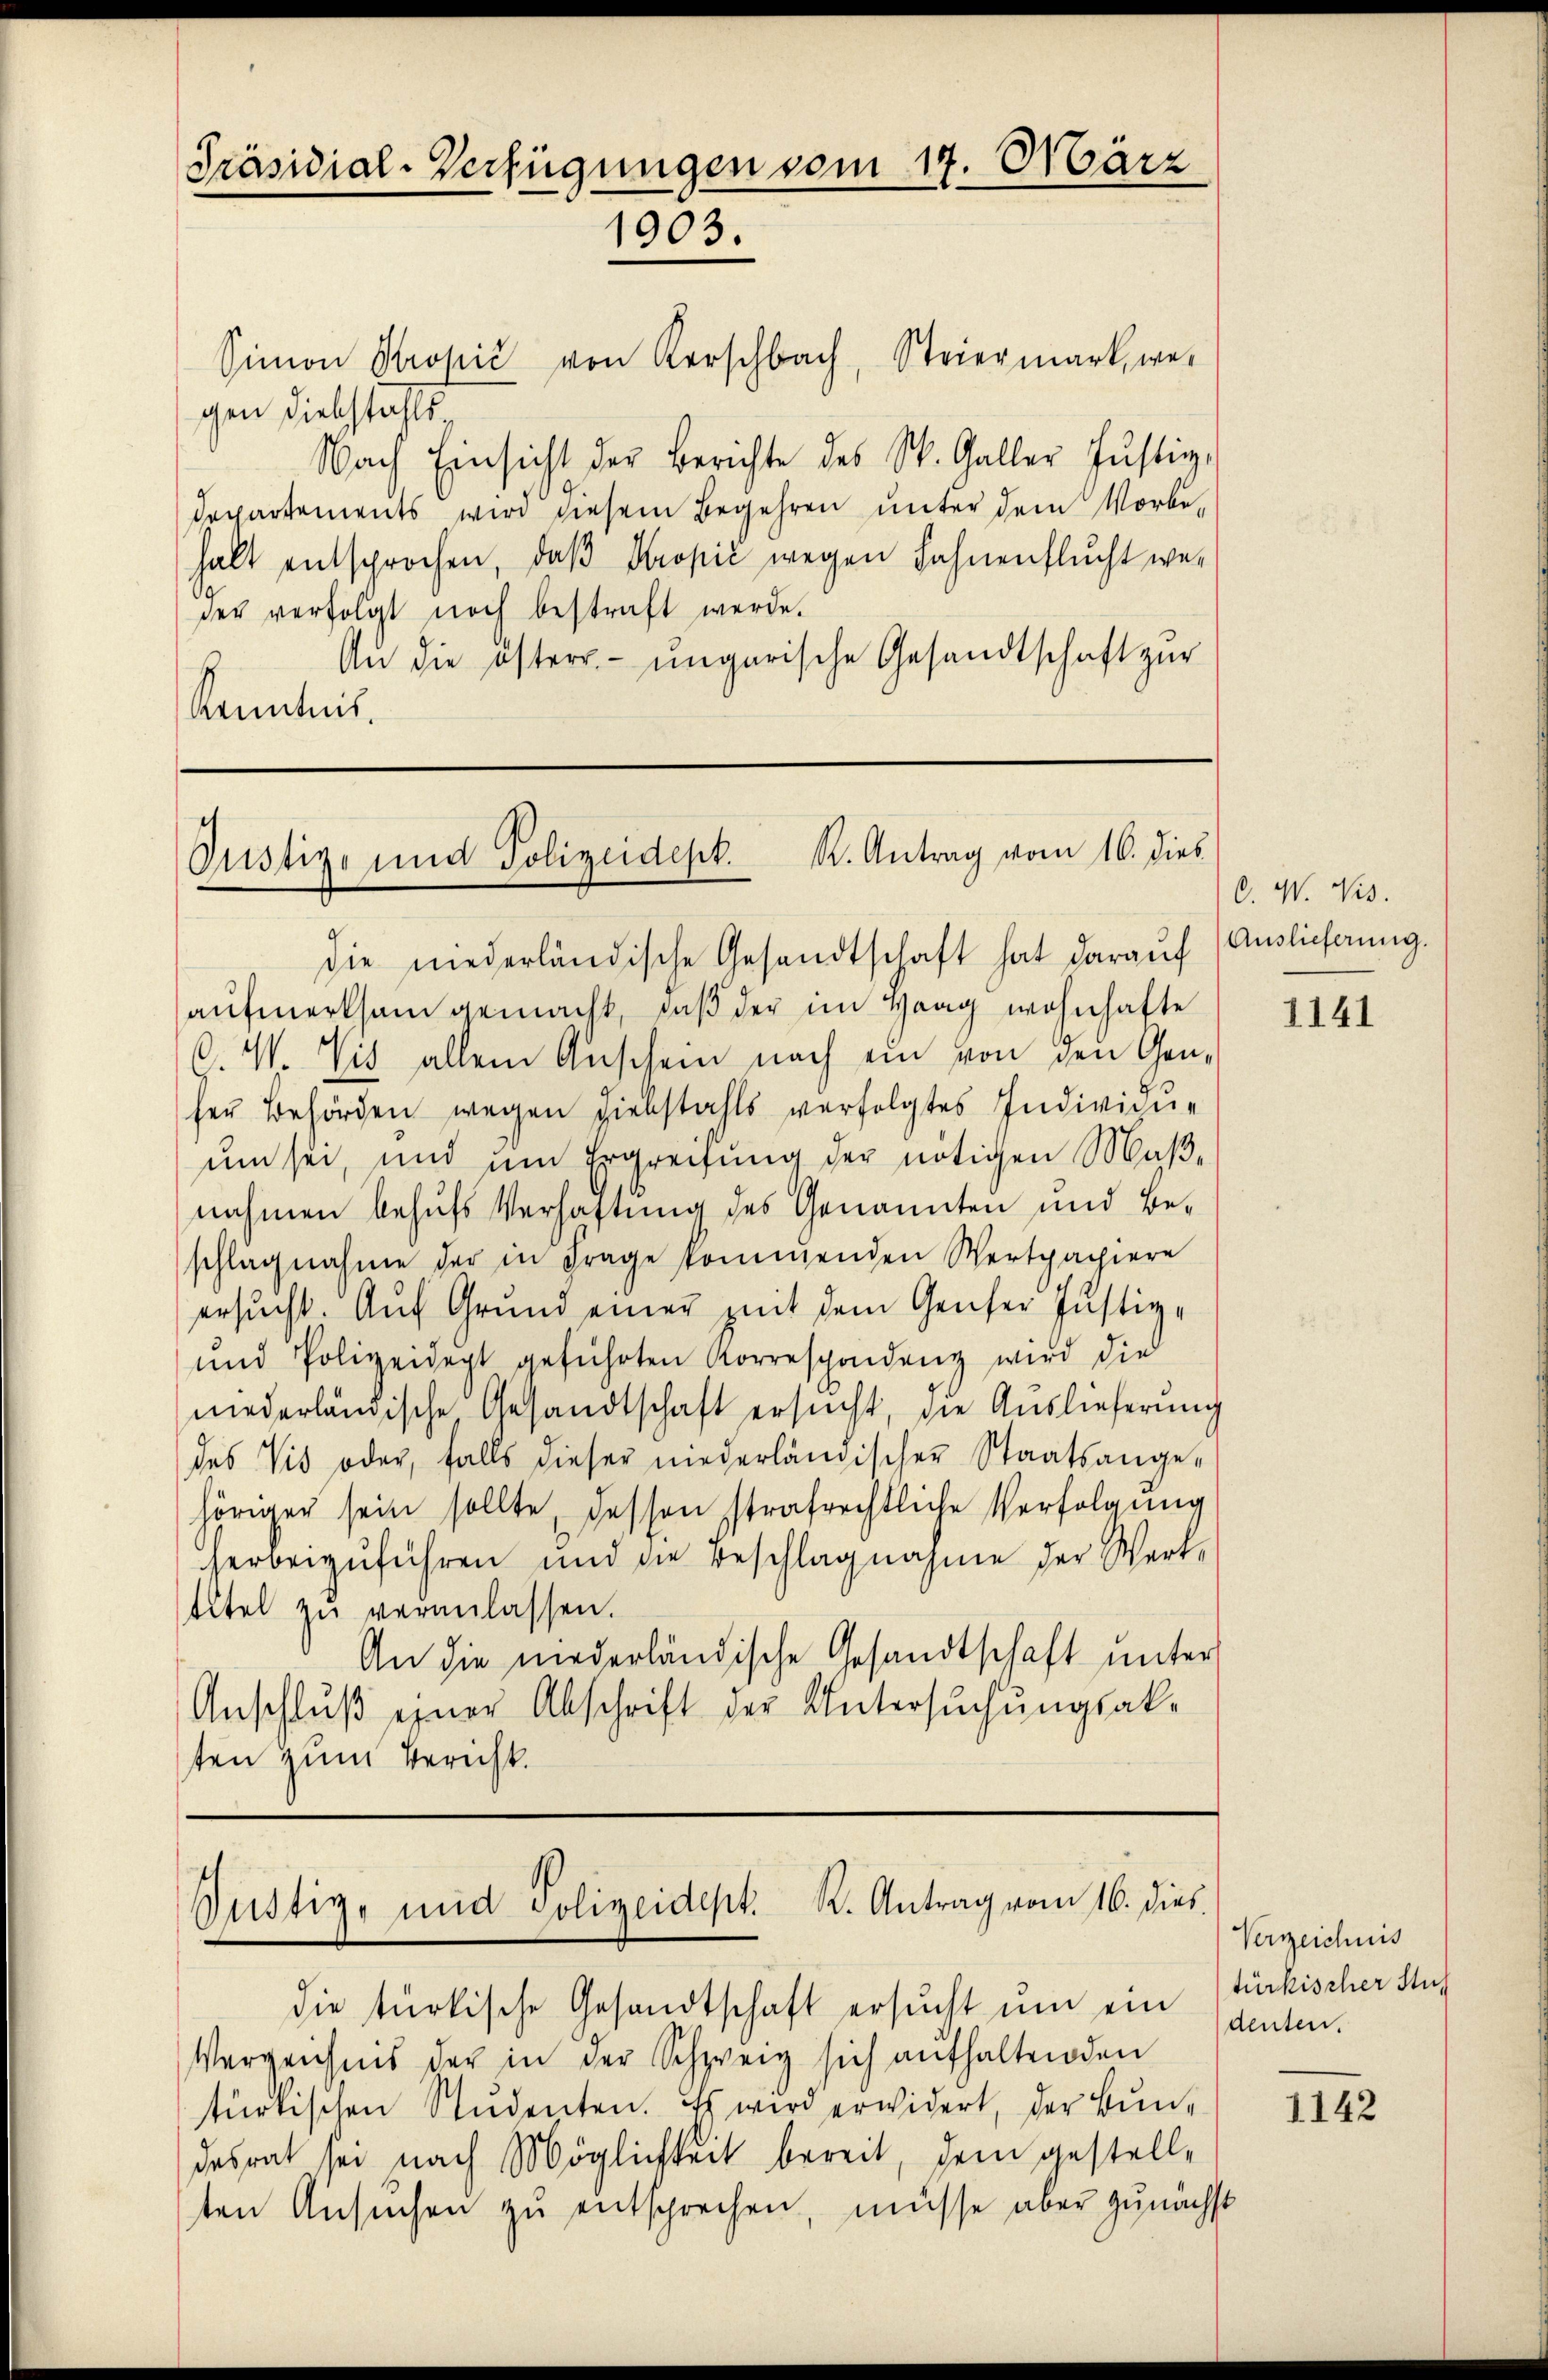
Präsidial-Verfügungen vom 17. März
1903.
Simon Kropić von Kerschbach, Steiermark, wei

gen Diebstahls¬
Nach Einsicht der Berichte des St. Galler Justiz,
Departements wird diesem Begehren unter dem Vorbe-
halt entsprochen, daβ Propić wegen Fahnenflucht wer
der verfolgt noch bestraft werde.
An die österr. ungarische Gesandtschaft zur
Kenntnis.

aufmerksam gemacht, daß der im Haag wohnhafte
C.V. Vis allein Anschein nach ein von den Genher Behörden wegen Liebstahls verfolgtes Indivigne
um sei, und um Ergreifung der nötigen Maßnahmen behufs Verhaftung des Genannten und Beschlagnahme der in Frage kommenden Wertpapiere
ersucht. Auf Grund einer mit dem Genfer Justiz
und Polizeidept geführten Korrespondenz wird die
niederländische Gesandtschaft ersucht, die Auslieferung
des Vis oder, falls dieser niederländischer Staatsange-
höriger sein sollte, dessen strafrechtliche Verfolgung
herbeizŭführen und die Beschlagnahme der Werk-
titel zŭ veranlassen.
An die niederländische Gesandtschaft unter
Anschluß einer Abschrift der Untersuchungsakten zum Bericht.

Justiz- und Polizeidest. K. Antrag vom 16. dies

die niederländische Gesandtschaft hat daraŭf (Auslichung.

Justiz- und Polizeidept. K. Antrag vom 16. dies

die türkische Gesandtschaft ersucht um ein samten.
Verzeichnis der in der Schweiz sich aufhaltenden
türkischen Studenten. Es wird erwidert, der Bundesrat sei nach Möglichkeit bereit, dem gestellten Ansuchen zu entsprechen, müsse aber zunächst

O. W. Vis.

1141

Verzeichnis
türkischer Stuh

1142